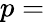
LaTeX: p=